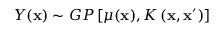
Y ( \mathbf { x } ) \sim G P \left[ \mu ( \mathbf { x } ) , K \left( \mathbf { x } , \mathbf { x } ^ { \prime } \right) \right]